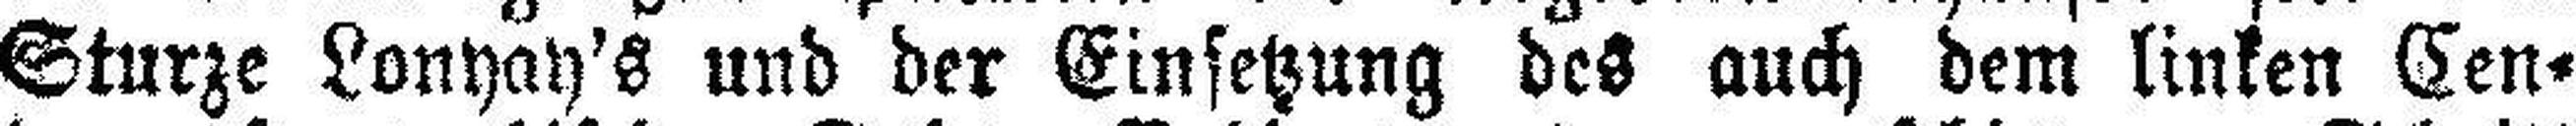
Sturze Lonyay's und der Einsetzung des auch dem linken Cen¬